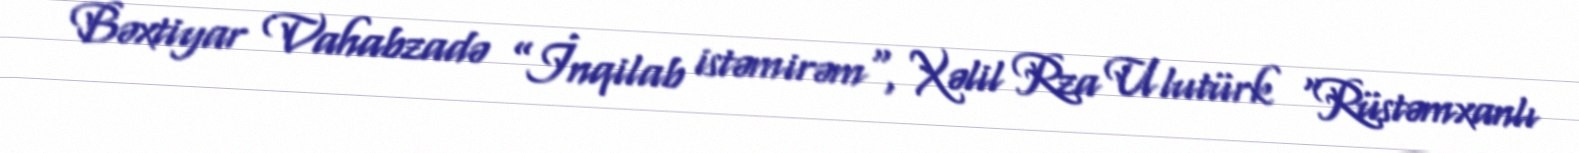
Bəxtiyar Vahabzadə ”İnqilab istəmirəm", Xəlil Rza Ulutürk “Rüstəmxanlı